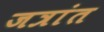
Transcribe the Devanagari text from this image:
जत्रांत